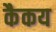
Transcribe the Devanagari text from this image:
कैकय